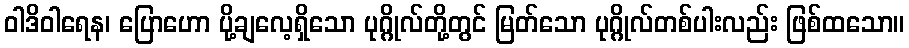
ဝါဒိဝါရေန၊ ပြောဟော ပို့ချလေ့ရှိသော ပုဂ္ဂိုလ်တို့တွင် မြတ်သော ပုဂ္ဂိုလ်တစ်ပါးလည်း ဖြစ်ထသော။